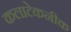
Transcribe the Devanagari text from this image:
कलाटेकनीक